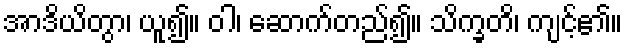
အာဒိယိတွာ၊ ယူ၍။ ဝါ၊ ဆောက်တည်၍။ သိက္ခတိ၊ ကျင့်၏။